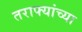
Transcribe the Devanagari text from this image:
तराफ्यांच्या